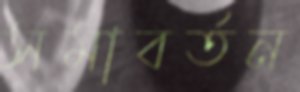
সমাবর্তন